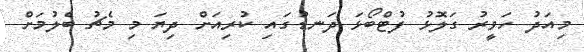
މިއަދު ހަވީރު ގަލޮޅު ފުޓްބޯޅަ ދަނޑުގައި ކުރިއަށް ދިޔަ މި މެޗު ބެލުމަށް